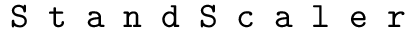
\texttt { S t a n d S c a l e r }